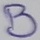
Text: B